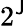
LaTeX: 2^{\mathsf{J}}